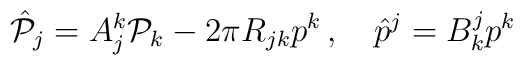
\hat {\cal P}_{j} = A_{j}^{k}{\cal P}_{k} - 2\pi R_{jk}p^{k}\, , \quad       \hat p^{j} = B^{j}_{k}p^{k}